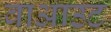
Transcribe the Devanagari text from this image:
वाआउट